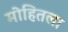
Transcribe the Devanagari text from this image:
मोहितला